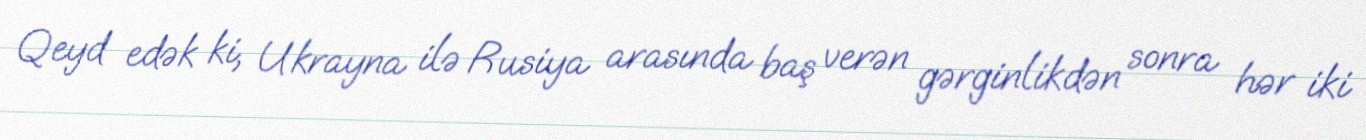
Qeyd edək ki, Ukrayna ilə Rusiya arasında baş verən gərginlikdən sonra hər iki